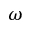
\omega